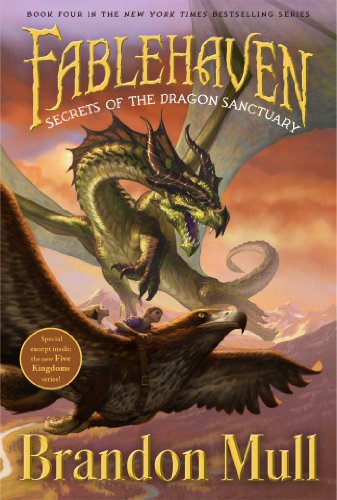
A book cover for Secrets of the Dragon Sanctuary (Fablehaven); Brandon Mull; Children's Books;